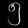
Digit: ၅